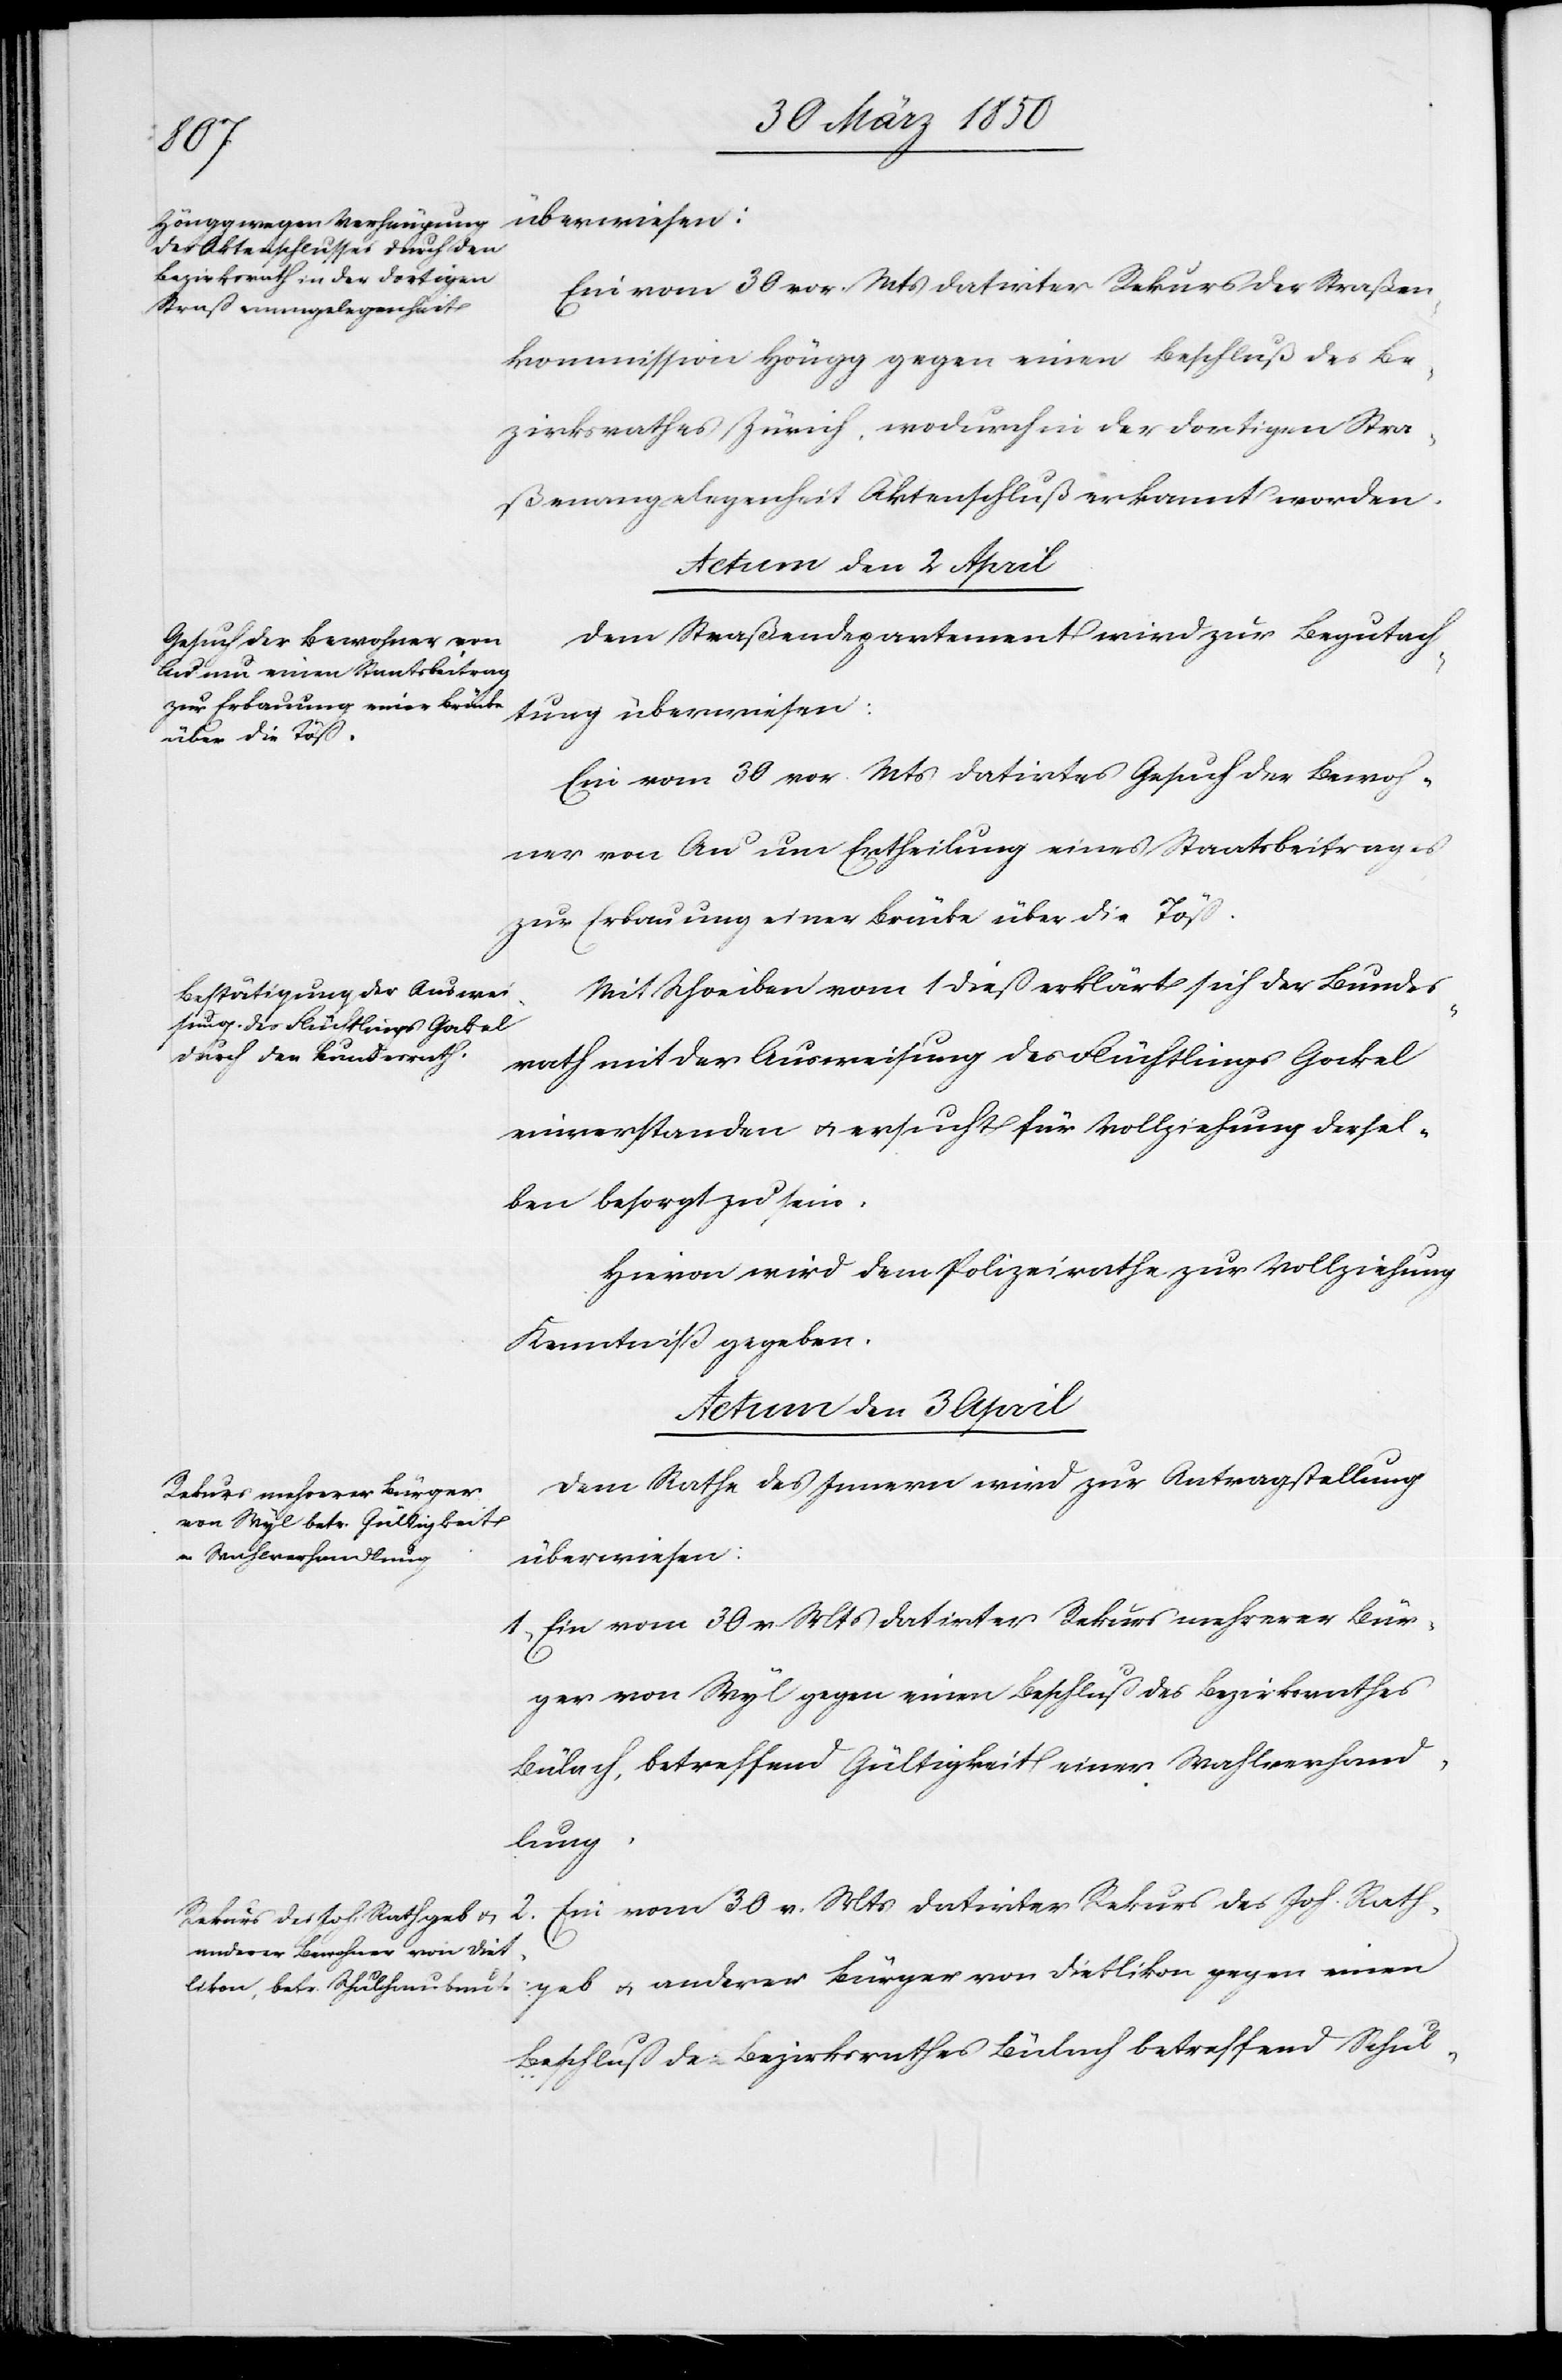
Bezirksrathes betreffend Schul-
Ein vom 30 vor. Mts datirter Rekurs der Straßen¬
kommission Höngg gegen einen Beschluß des Be¬
zirksrathes Zürich, wodurch in der dortigen Stra¬
ßenangelegenheit Aktenschluß erkannt worden.
Actum den 2 April
Dem Straßendepartement wird zur Begutach¬
tung überwiesen:
Ein vom 30 vor. Mts datirtes Gesuch der Bewoh¬
ner von Au um Ertheilung eines Staatsbeitrages
zur Erbauung einer Brücke über die Töß.
Mit Schreiben vom 1 dieß erklärt sich der Bundes¬
rath mit der Ausweisung des Flüchtlings Gockel
einverstanden u. ersucht für Vollziehung dessel¬
ben besorgt zu sein.
Hievon wird dem Polizeirathe zur Vollziehung
Kenntniß gegeben.
Actum den 3 April]
Dem Rathe des Innern wird zur Antragstellung
geb u. anderer Bürger
überwiesen:
1. Ein vom 30 v. Mts datirter Rekurs mehrerer Bür¬
ger von Wyl gegen einen Beschluß des Bezirksrathes
Bülach, betreffend Gültigkeit einer Wahlverhand¬
lung.
2. Ein vom 30 v. Mts datirter Rekurs des Joh. Rath¬